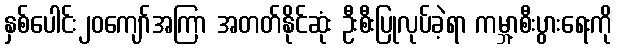
နှစ်ပေါင်း၂၀ကျော်အကြာ အတတ်နိုင်ဆုံး ဦးစီးပြုလုပ်ခဲ့ရာ ကမ္ဘာ့စီးပွားရေးကို